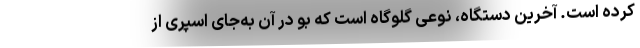
کرده است. آخرین دستگاه، نوعی گلوگاه است که بو در آن به‌جای اسپری از